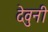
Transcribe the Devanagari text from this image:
देवुनी